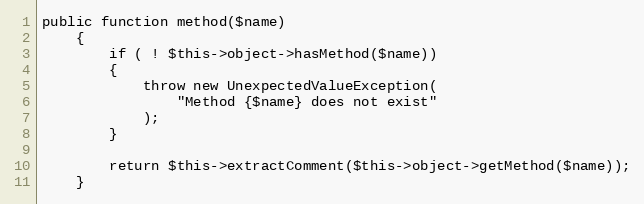
Language: PHP
public function method($name)
    {
        if ( ! $this->object->hasMethod($name))
        {
            throw new UnexpectedValueException(
                "Method {$name} does not exist"
            );
        }

        return $this->extractComment($this->object->getMethod($name));
    }